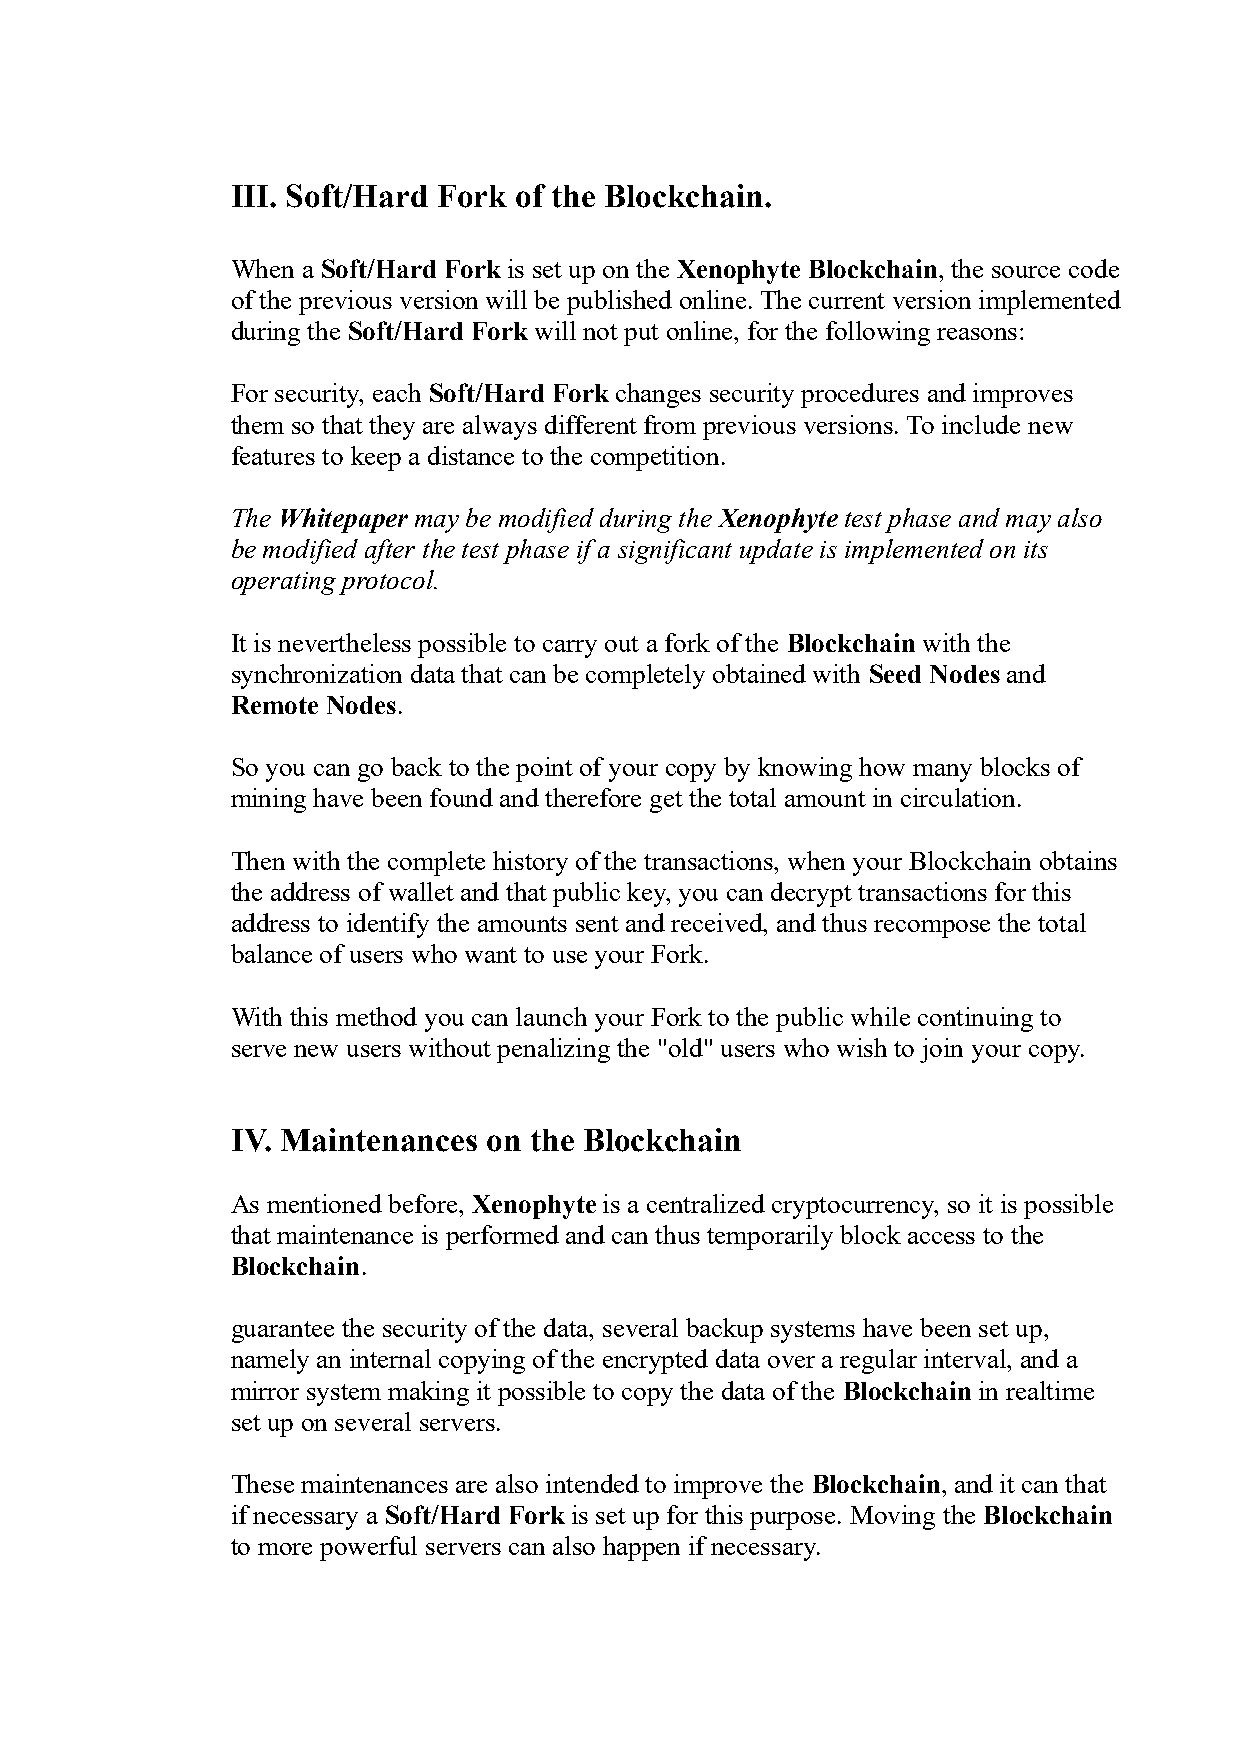
III. Soft/Hard Fork of the Blockchain.
 When a Soft/Hard Fork is set up on the Xenophyte Blockchain, the source code
 of the previous version will be published online. The current version implemented
 during the Soft/Hard Fork will not put online, for the following reasons:
 For security, each Soft/Hard Fork changes security procedures and improves
 them so that they are always different from previous versions. To include new
 features to keep a distance to the competition.
 The Whitepaper may be modified during the Xenophyte test phase and may also
 be modified after the test phase if a significant update is implemented on its
 operating protocol.
 It is nevertheless possible to carry out a fork of the Blockchain with the
 synchronization data that can be completely obtained with Seed Nodes and
 Remote Nodes.
 So you can go back to the point of your copy by knowing how many blocks of
 mining have been found and therefore get the total amount in circulation.
 Then with the complete history of the transactions, when your Blockchain obtains
 the address of wallet and that public key, you can decrypt transactions for this
 address to identify the amounts sent and received, and thus recompose the total
 balance of users who want to use your Fork.
 With this method you can launch your Fork to the public while continuing to
 serve new users without penalizing the "old" users who wish to join your copy.
 IV. Maintenances on the Blockchain
 As mentioned before, Xenophyte is a centralized cryptocurrency, so it is possible
 that maintenance is performed and can thus temporarily block access to the
 Blockchain.
 guarantee the security of the data, several backup systems have been set up,
 namely an internal copying of the encrypted data over a regular interval, and a
 mirror system making it possible to copy the data of the Blockchain in realtime
 set up on several servers.
 These maintenances are also intended to improve the Blockchain, and it can that
 if necessary a Soft/Hard Fork is set up for this purpose. Moving the Blockchain
 to more powerful servers can also happen if necessary.